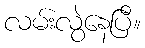
လမ်းလွဲနေပြီ။